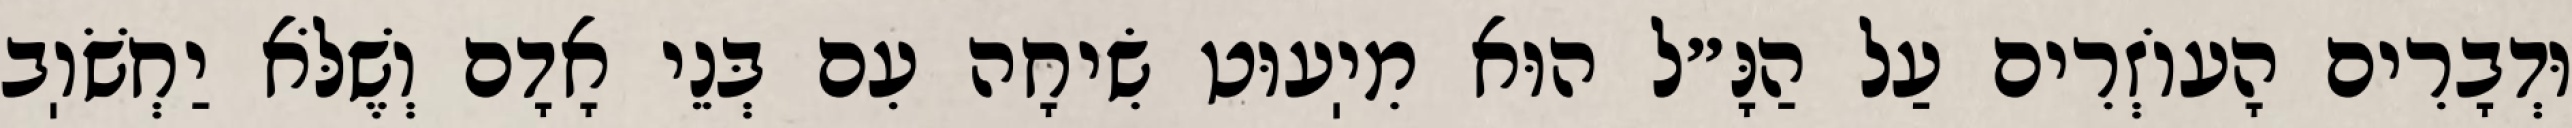
וּדְבָרִים הָעוֹזְרִים עַל הַנָּ״ל הוּא מִיֽעוּט שִׂיחָה עִם בְּנֵי אָדָם וְשֶׁלֹּא יַחְשֹׁוֽב